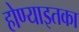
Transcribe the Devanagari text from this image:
होण्याइतका